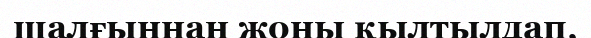
шалғыннан жоны қылтылдап,